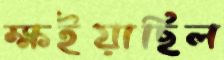
ক্ষইয়াছিল